Report on sanitation, dispensaries, and jails in Rajputana for 1917, and on vaccination for the year 1917-1918 - 1917-1918
Year: 1917
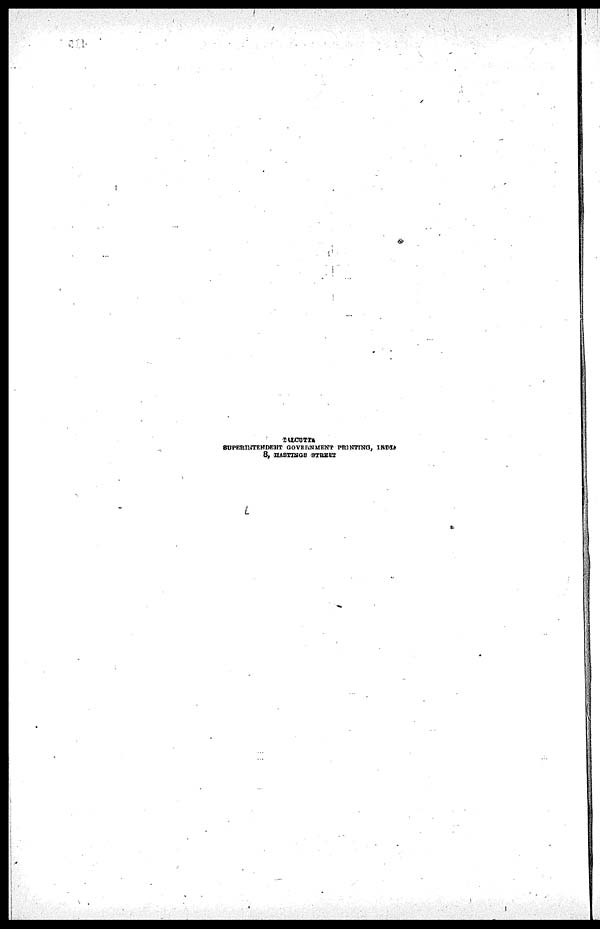
CALCUTTA
SUPERINTENDENT GOVERNMENT PRINTING, INDIA
8, HASTINGS STREET